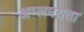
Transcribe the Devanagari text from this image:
अम्लमयता